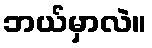
ဘယ်မှာလဲ။